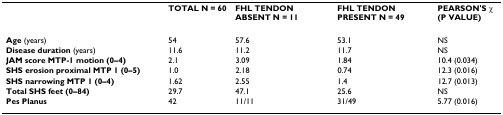
<table><thead><tr><td></td><td><b>TOTAL N = 60</b></td><td><b>FHL TENDON ABSENT N = 11</b></td><td><b>FHL TENDON PRESENT N = 49</b></td><td><b>PEARSON&#x27;S χ (P VALUE)</b></td></tr></thead><tbody><tr><td><b>Age </b>(years)</td><td>54</td><td>57.6</td><td>53.1</td><td>NS</td></tr><tr><td><b>Disease duration </b>(years)</td><td>11.6</td><td>11.2</td><td>11.7</td><td>NS</td></tr><tr><td><b>JAM score MTP-1 motion (0–4)</b></td><td>2.1</td><td>3.09</td><td>1.84</td><td>10.4 (0.034)</td></tr><tr><td><b>SHS erosion proximal MTP 1 (0–5)</b></td><td>1.0</td><td>2.18</td><td>0.74</td><td>12.3 (0.016)</td></tr><tr><td><b>SHS narrowing MTP 1 (0–4)</b></td><td>1.62</td><td>2.55</td><td>1.4</td><td>12.7 (0.013)</td></tr><tr><td><b>Total SHS feet (0–84)</b></td><td>29.7</td><td>47.1</td><td>25.6</td><td>NS</td></tr><tr><td><b>Pes Planus</b></td><td>42</td><td>11/11</td><td>31/49</td><td>5.77 (0.016)</td></tr></tbody></table>